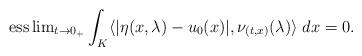
LaTeX: \begin{align*} {\operatorname{ess}\lim}_{t\to 0_+} \int_K \langle |\eta(x,\lambda)-u_0(x)|,\nu_{(t,x)}(\lambda)\rangle \; dx =0.\end{align*}